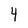
Character: 4